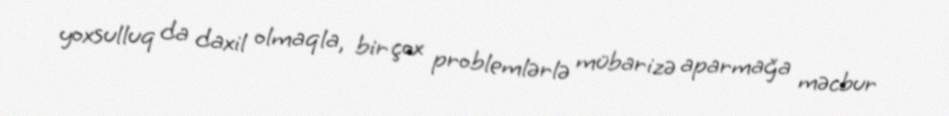
yoxsulluq da daxil olmaqla, bir çox problemlərlə mübarizə aparmağa məcbur